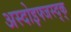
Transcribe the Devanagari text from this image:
अस्दोइफ्जस्द्क्